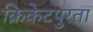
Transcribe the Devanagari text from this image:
क्रिकेटपुरता